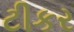
ટીકર